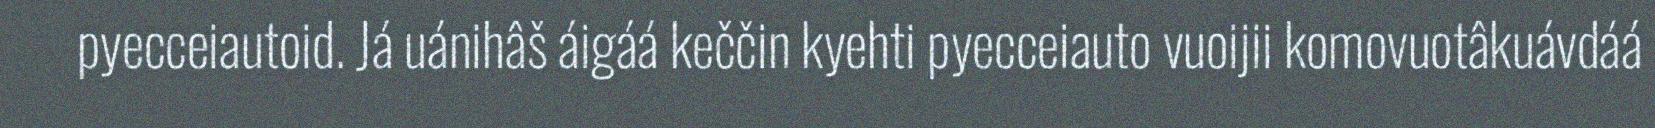
pyecceiautoid. Já uánihâš áigáá keččin kyehti pyecceiauto vuoijii komovuotâkuávdáá